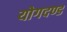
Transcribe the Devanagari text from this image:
योगदण्ड